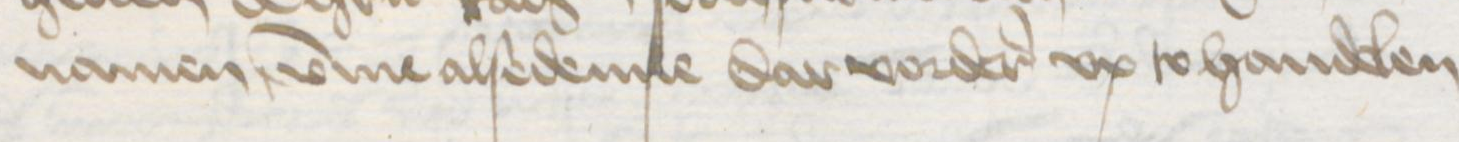
Transcription: namen umme alsedenne dar vorderes vp to handelen